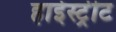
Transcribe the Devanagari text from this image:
हाईस्ट्रीट